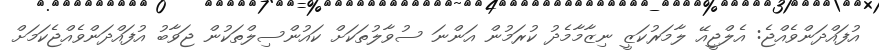
އުފައްދަންވެއްޖެ: އެލްޖީއޭ ލާމަރުކަޒީ ނިޒާމާމެދު ކުރަމުން އަންނަ ސުވާލުތަކަށް ކައުންސިލްތަކުން ޖަވާބު އުފައްދަންވެއްޖެކަމަށް